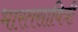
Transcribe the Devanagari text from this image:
भारतसावित्री